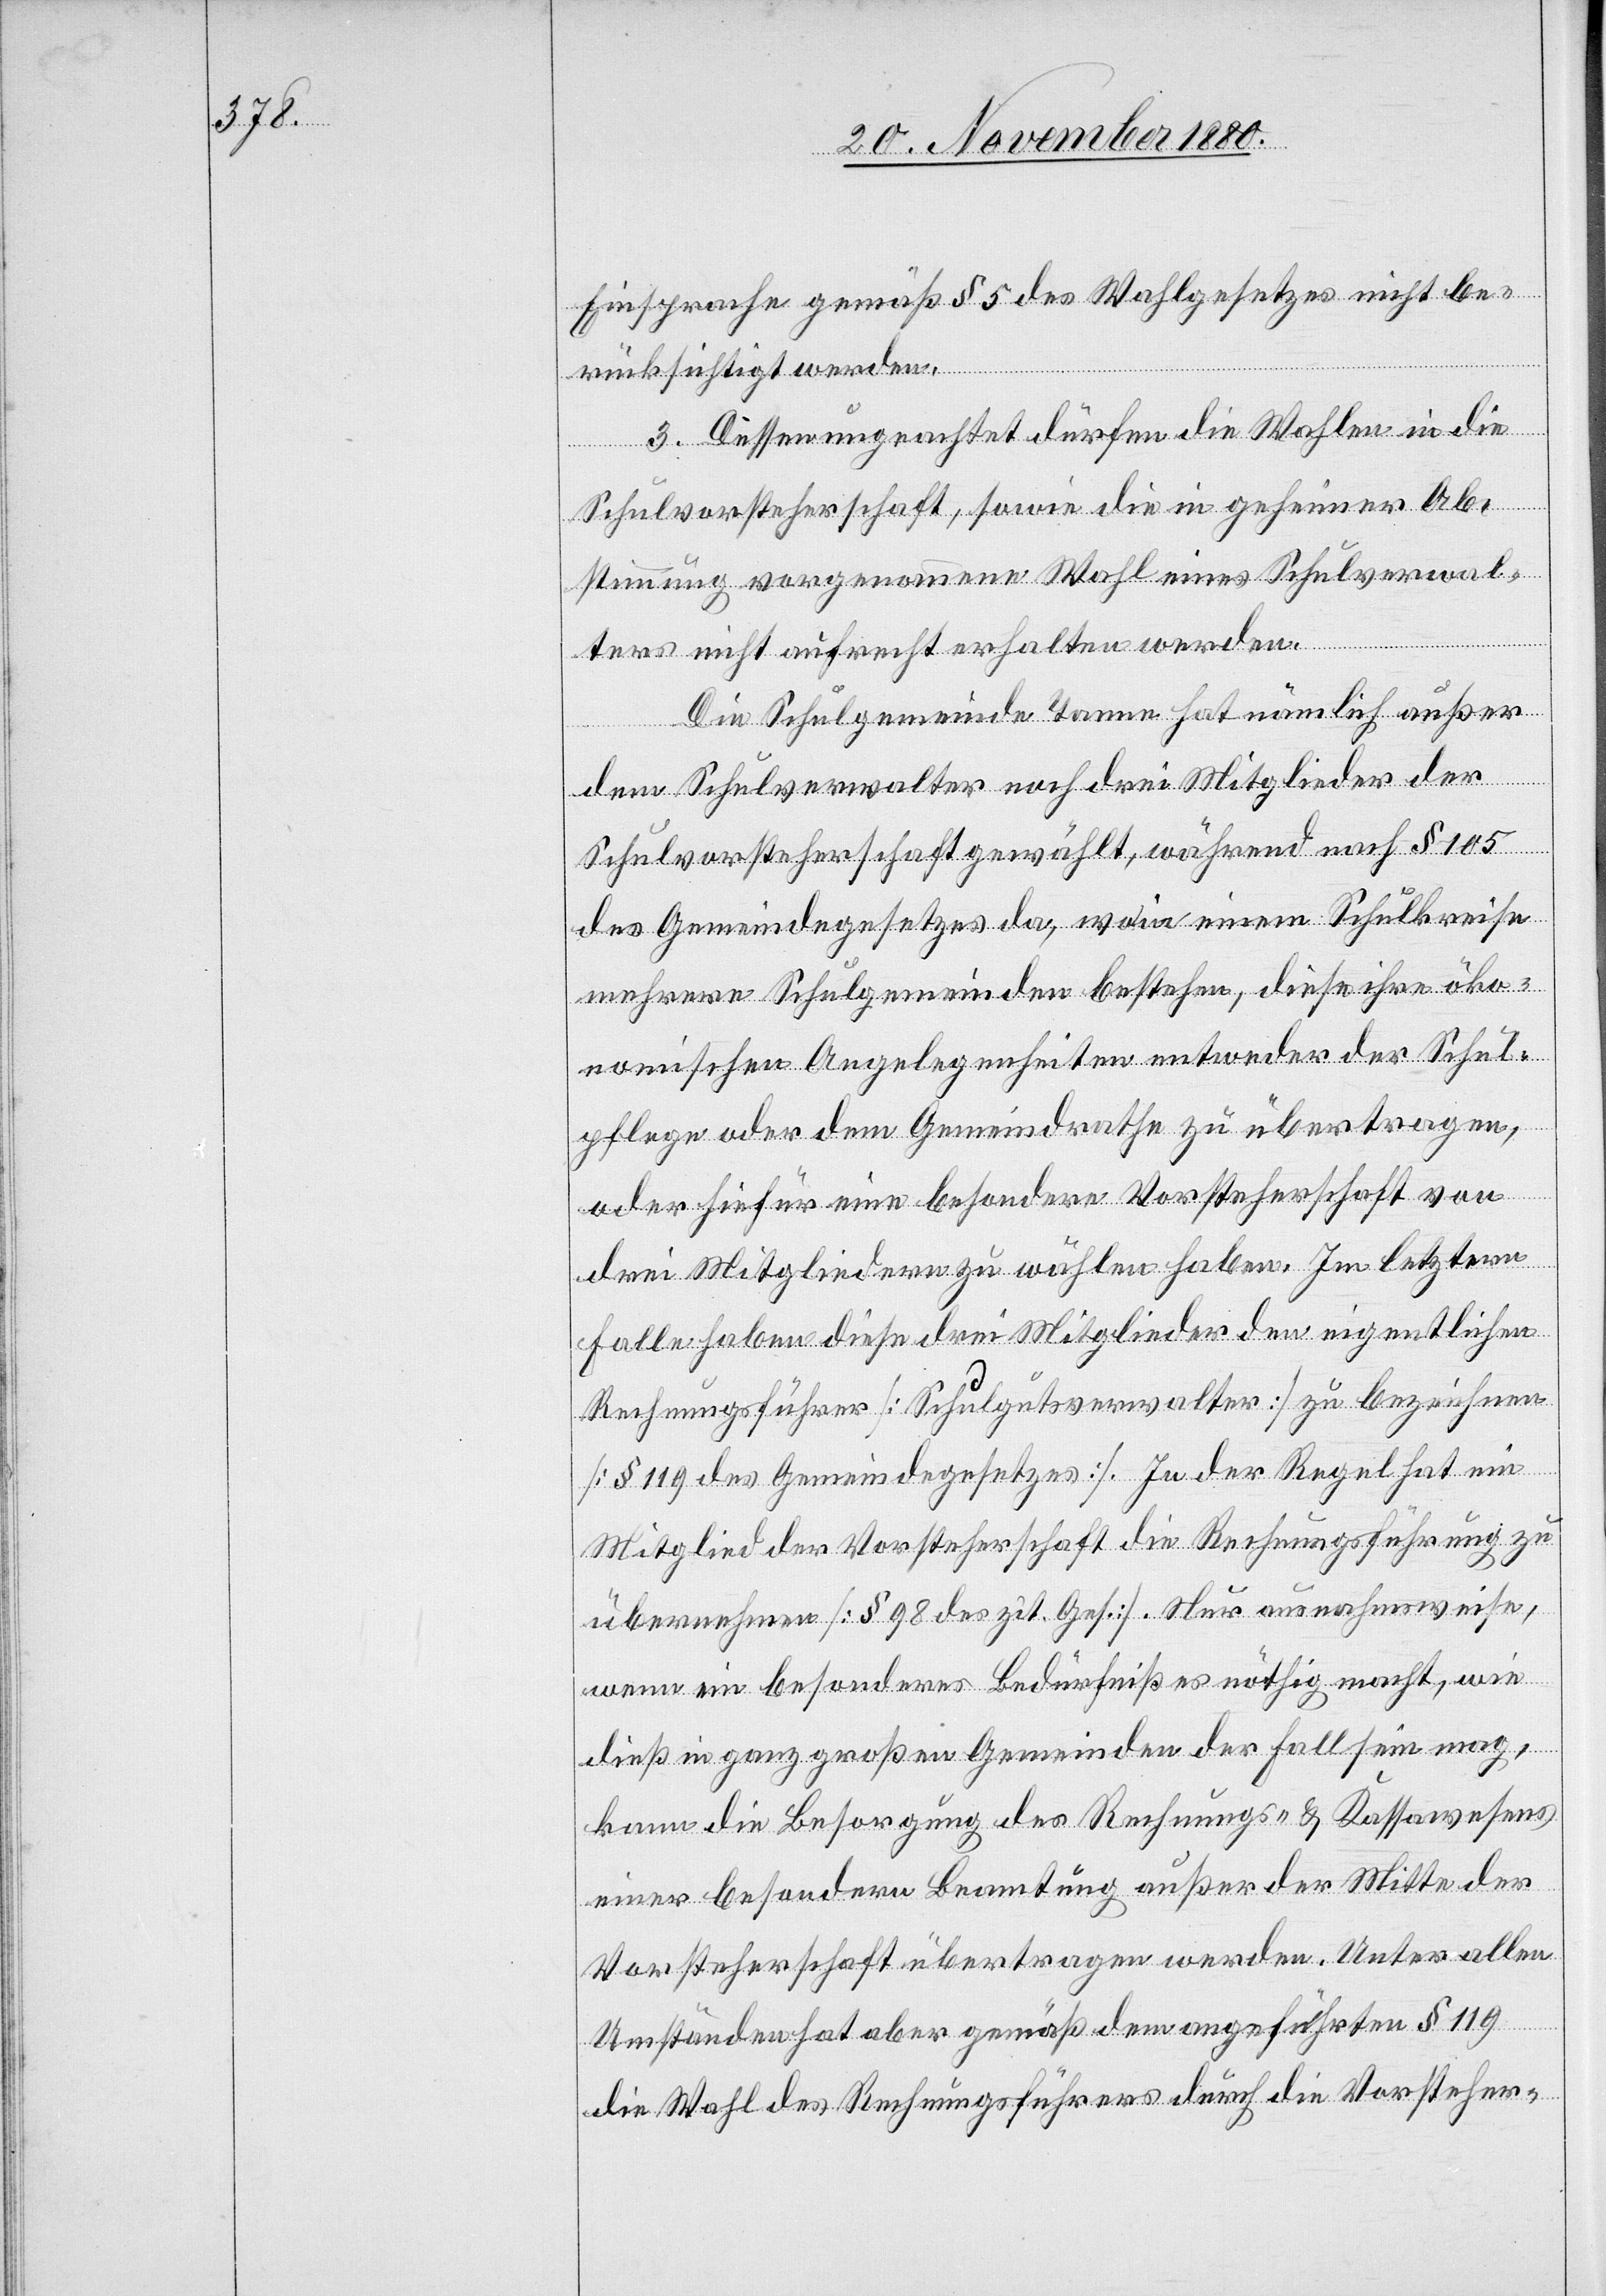
Einsprache gemäß § 5 des Wahlgesetzes nicht be¬
rücksichtigt werden.
3. Dessen ungeachtet dürfen die Wahlen in die
Schulvorsteherschaft, sowie die in geheimer Ab¬
stimmung vorgenommene Wahl eines Schulverwal¬
ters nicht aufrecht erhalten werden.
Die Schulgemeinde Tanne hat nämlich außer
dem Schulverwalter noch drei Mitglieder der
Schulvorsteherschaft gewählt, während nach § 105
des Gemeindegesetzes da, wo in einem Schulkreise
mehrere Schulgemeinden bestehen, diese ihre öko¬
nomischen Angelegenheiten entweder der Schul¬
pflege oder dem Gemeindrathe zu übertragen,
oder hiefür eine besondere Vorsteherschaft von
drei Mitgliedern zu wählen haben. Im letztern
Falle haben diese drei Mitglieder den eigentlichen
Rechnungsführer [Schulgutsverwalter] zu bezeichnen
[§ 119 des Gemeindegesetzes]. In der Regel hat ein
Mitglied der Vorsteherschaft die Rechnungsführung zu
übernehmen [§ 98 des zit. Ges.]. Nur ausnahmsweise,
wenn ein besonderes Bedürfniß es nöthig macht, wie
dieß in ganz großen Gemeinden der Fall sein mag,
kann die Besorgung des Rechnungs- & Kassawesens
einer besondern Beamtung außer der Mitte der
Vorsteherschaft übertragen werden. Unter allen
Umständen hat aber gemäß dem angeführten § 119
die Wahl des Rechnungsführers durch die Vorsteher-